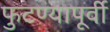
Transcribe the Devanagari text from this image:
फुटण्यापूर्वी